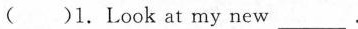
( )1.Look at my new ___.